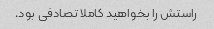
راستش را بخواهید کاملا تصادفی بود.